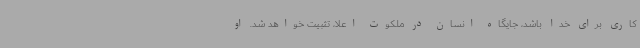
کاری برای خدا باشد، جایگاه انسان در ملکوت اعلا، تثبیت خواهد شد. او